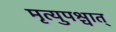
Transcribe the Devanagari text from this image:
मृत्युपश्चात्